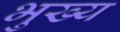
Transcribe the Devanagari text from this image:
भुख्य